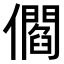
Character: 𠐩